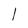
Character: l